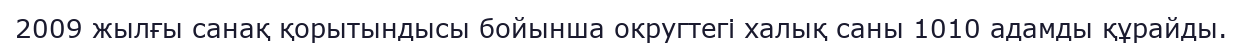
2009 жылғы санақ қорытындысы бойынша округтегі халық саны 1010 адамды құрайды.